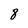
Character: 8